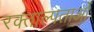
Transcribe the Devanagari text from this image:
रक्ताल्पताओं